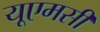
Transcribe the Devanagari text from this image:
यूएमसी